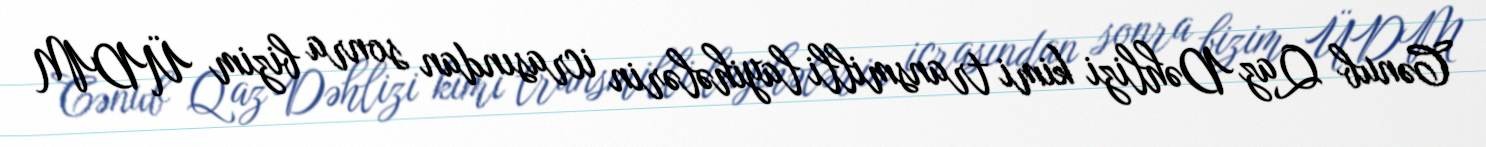
Cənub Qaz Dəhlizi kimi transmilli layihələrin icrasından sonra bizim ÜDM